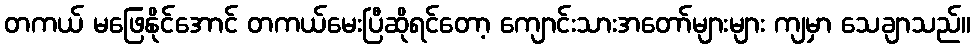
တကယ် မဖြေနိုင်အောင် တကယ်မေးပြီဆိုရင်တော့ ကျောင်းသားအတော်များများ ကျမှာ သေချာသည်။